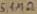
Text: 5.1MΩ